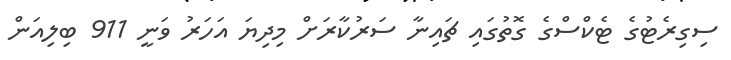
ސިގިރެޓުގެ ޓެކްސްގެ ގޮތުގައި ޗައިނާ ސަރުކާރަށް މިދިޔަ އަހަރު ވަނީ 911 ބިލިއަން